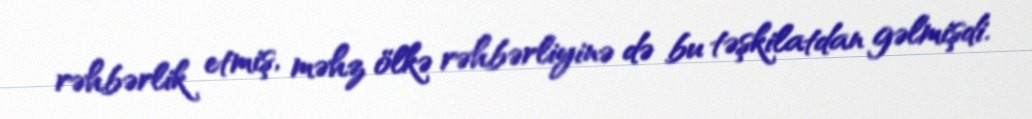
rəhbərlik etmiş, məhz ölkə rəhbərliyinə də bu təşkilatdan gəlmişdi.